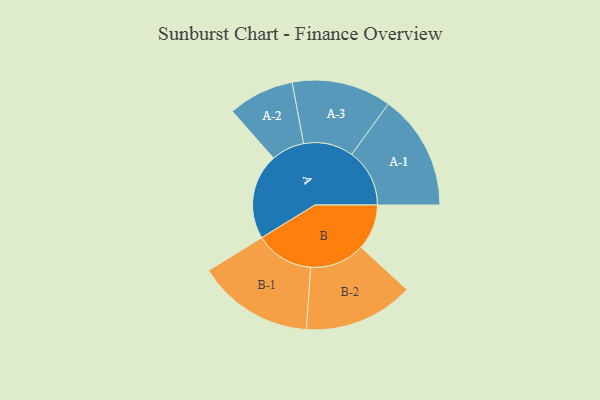
{"axis": {"x": "Segment", "y": "Value"}, "legend": ["", "A", "B"], "data": [{"x": "A", "y": 363, "type": ""}, {"x": "B", "y": 193, "type": ""}, {"x": "A-1", "y": 245, "type": "A"}, {"x": "A-2", "y": 140, "type": "A"}, {"x": "A-3", "y": 211, "type": "A"}, {"x": "B-1", "y": 247, "type": "B"}, {"x": "B-2", "y": 233, "type": "B"}]}